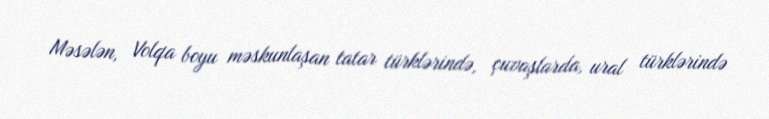
Məsələn, Volqa boyu məskunlaşan tatar türklərində, çuvaşlarda, ural türklərində